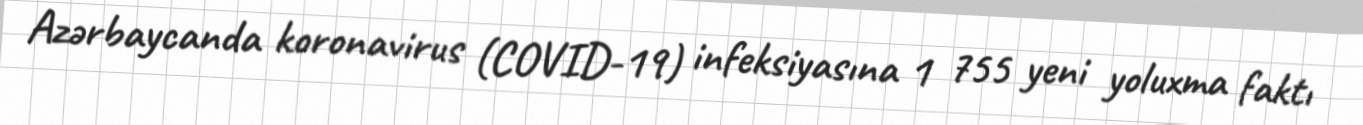
Azərbaycanda koronavirus (COVID-19) infeksiyasına 1 755 yeni yoluxma faktı